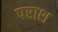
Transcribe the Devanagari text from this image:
पराश